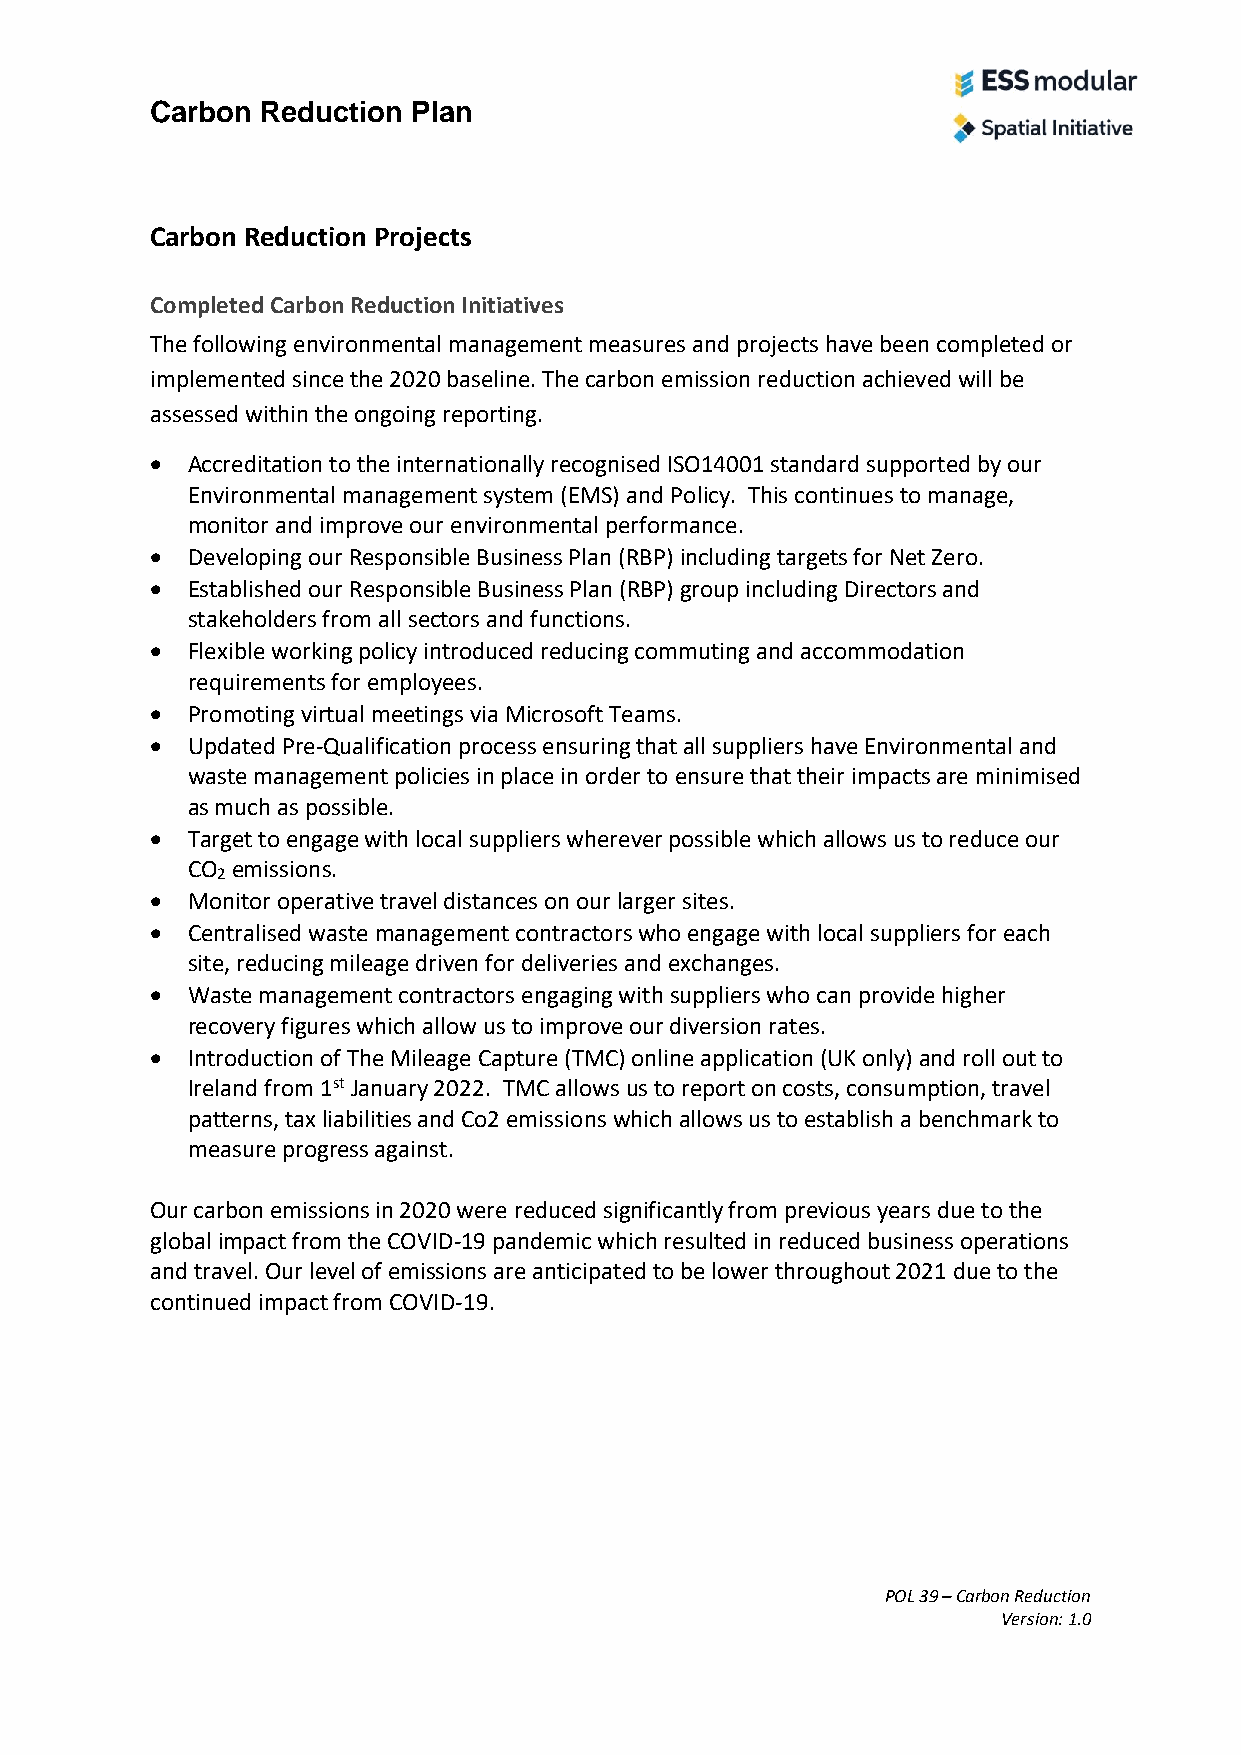
Carbon Reduction Plan
 Carbon Reduction Projects
 Completed Carbon Reduction Initiatives
 The following environmental management measures and projects have been completed or
 implemented since the 2020 baseline. The carbon emission reduction achieved will be
 assessed within the ongoing reporting.
 • Accreditation to the internationally recognised ISO14001 standard supported by our
 Environmental management system (EMS) and Policy. This continues to manage,
 monitor and improve our environmental performance.
 • Developing our Responsible Business Plan (RBP) including targets for Net Zero.
 • Established our Responsible Business Plan (RBP) group including Directors and
 stakeholders from all sectors and functions.
 • Flexible working policy introduced reducing commuting and accommodation
 requirements for employees.
 • Promoting virtual meetings via Microsoft Teams.
 • Updated Pre-Qualification process ensuring that all suppliers have Environmental and
 waste management policies in place in order to ensure that their impacts are minimised
 as much as possible.
 • Target to engage with local suppliers wherever possible which allows us to reduce our
 CO emissions.
 2
 • Monitor operative travel distances on our larger sites.
 • Centralised waste management contractors who engage with local suppliers for each
 site, reducing mileage driven for deliveries and exchanges.
 • Waste management contractors engaging with suppliers who can provide higher
 recovery figures which allow us to improve our diversion rates.
 • Introduction of The Mileage Capture (TMC) online application (UK only) and roll out to
 Ireland from 1st January 2022. TMC allows us to report on costs, consumption, travel
 patterns, tax liabilities and Co2 emissions which allows us to establish a benchmark to
 measure progress against.
 Our carbon emissions in 2020 were reduced significantly from previous years due to the
 global impact from the COVID-19 pandemic which resulted in reduced business operations
 and travel. Our level of emissions are anticipated to be lower throughout 2021 due to the
 continued impact from COVID-19.
 POL 39 – Carbon Reduction
 Version: 1.0